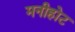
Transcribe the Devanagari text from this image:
मनीहोट